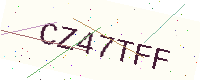
Text: CZ47TFF